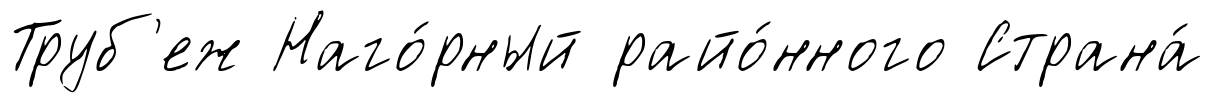
Труб'еж Наго́рный райо́нного Страна́